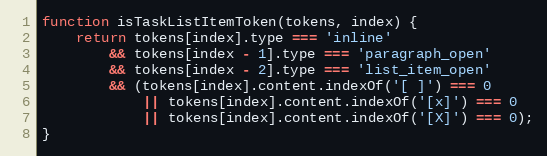
Language: JavaScript
function isTaskListItemToken(tokens, index) {
    return tokens[index].type === 'inline'
        && tokens[index - 1].type === 'paragraph_open'
        && tokens[index - 2].type === 'list_item_open'
        && (tokens[index].content.indexOf('[ ]') === 0
            || tokens[index].content.indexOf('[x]') === 0
            || tokens[index].content.indexOf('[X]') === 0);
}